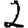
Digit: 2